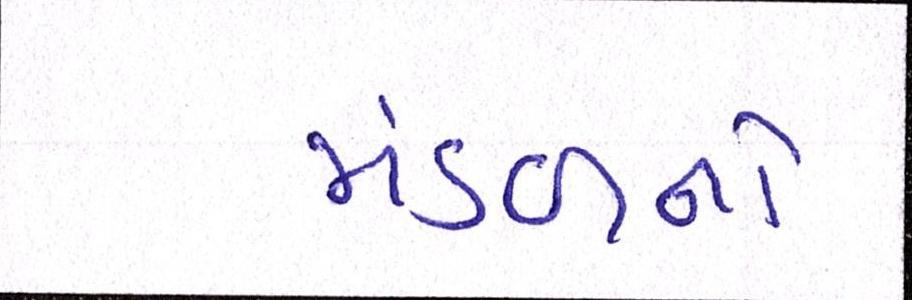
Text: મંડળનો